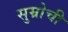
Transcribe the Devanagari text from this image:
सुम्रोची